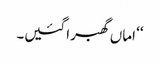
‘‘ اماں گھبرا گئیں۔